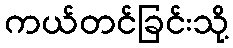
ကယ်တင်ခြင်းသို့